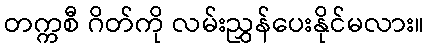
တက္ကစီ ဂိတ်ကို လမ်းညွှန်ပေးနိုင်မလား။